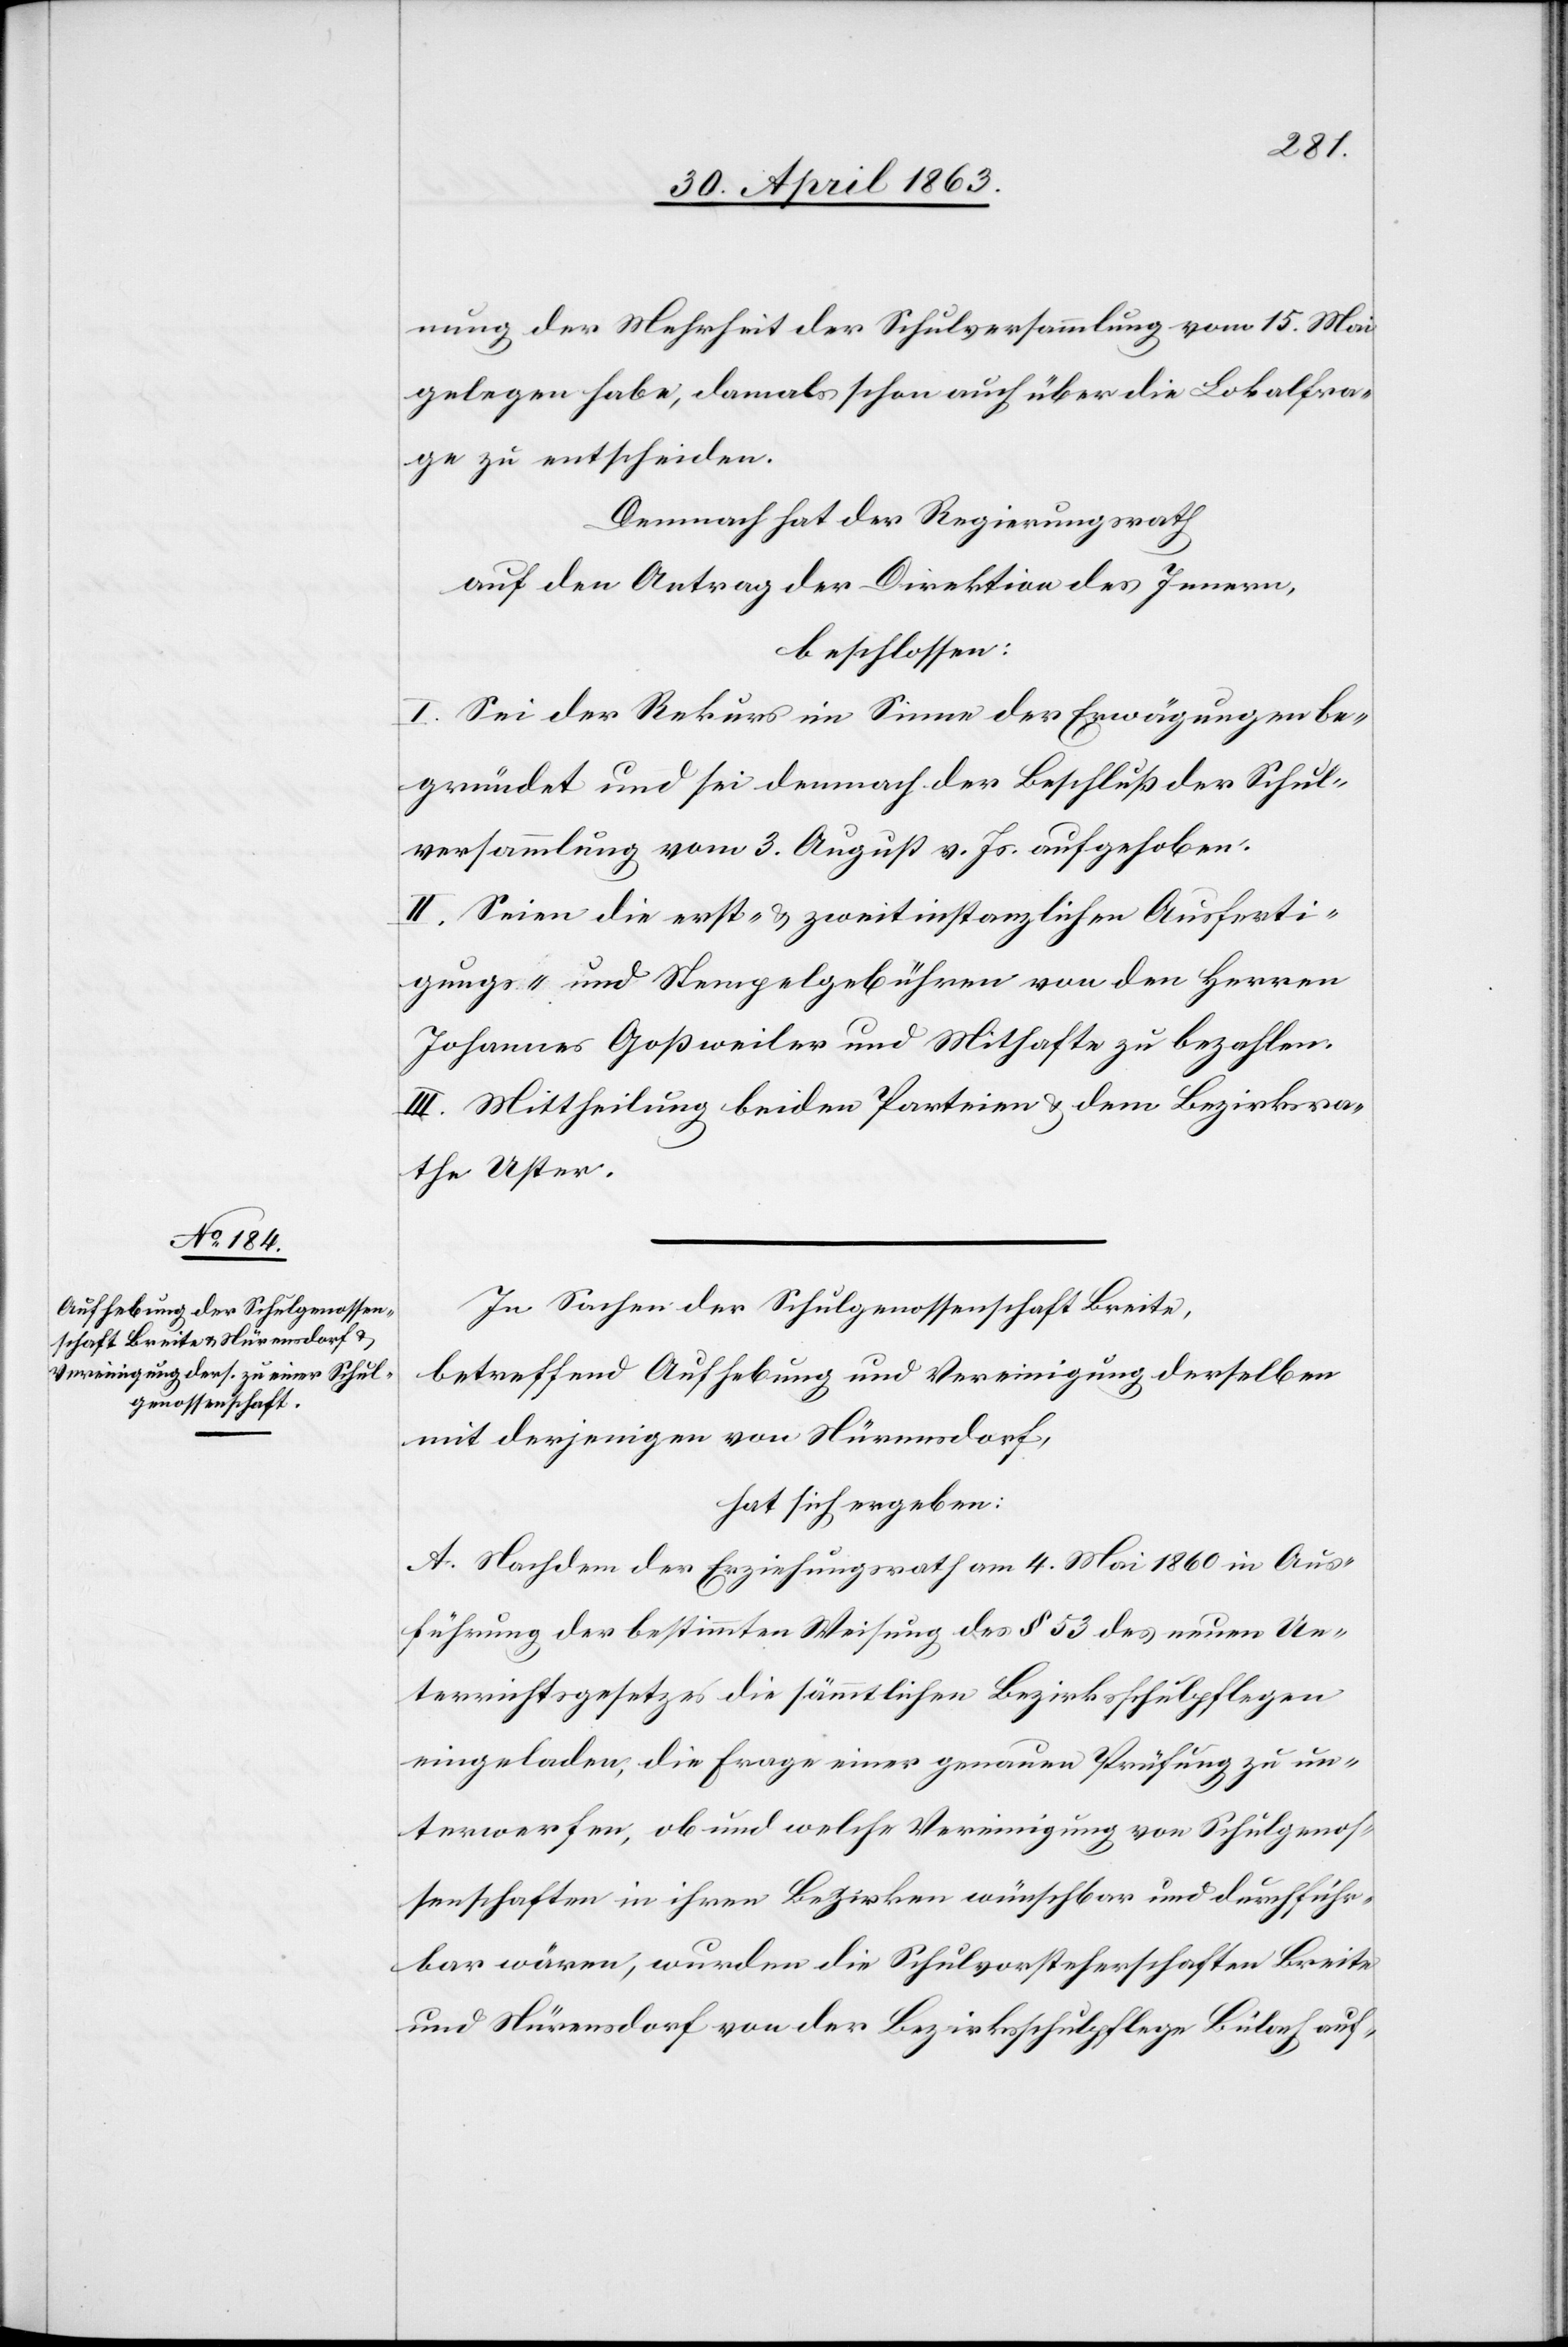
nung der Mehrheit der Schulversammlung vom 15. Mai
gelegen habe, damals schon auch über die Lokalfra¬
ge zu entscheiden.
Demnach hat der Regierungsrath
auf den Antrag der Direktion des Innern,
beschlossen:
I. Sei der Rekurs im Sinne der Erwägungen be¬
gründet und sei demnach der Beschluß der Schul¬
versammlung vom 3. August v. Js. aufgehoben.
II. Seien die erst- & zweitinstanzlichen Ausferti¬
gungs- und Stempelgebühren von den Herren
Johannes Goßweiler und Mithafte zu bezahlen.
III. Mittheilung beiden Parteien & dem Bezirksra¬
the Uster.
In Sachen der Schulgenossenschaft Breite,
betreffend Aufhebung und Vereinigung derselben
mit derjenigen von Nürensdorf,
hat sich ergeben:
A. Nachdem der Erziehungsrath am 4. Mai 1860 in Aus¬
führung der bestimmten Weisung des § 53 des neuen Un¬
terrichtsgesetzes die sämmtlichen Bezirksschulpflegen
eingeladen, die Frage einer genauen Prüfung zu un¬
terwerfen, ob und welche Vereinigung von Schulgenos¬
senschaften in ihren Bezirken wünschbar und durchführ¬
bar wären, wurden die Schulvorsteherschaften Breite
und Nürensdorf von der Bezirksschulpflege Bülach auf-